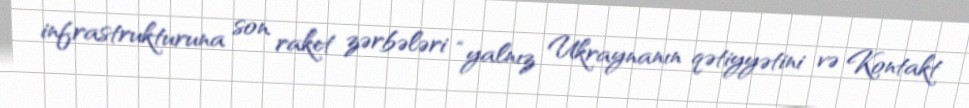
infrastrukturuna son raket zərbələri “yalnız Ukraynanın qətiyyətini və Kontakt